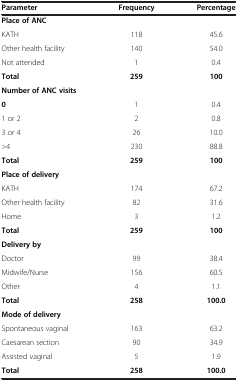
<table><thead><tr><td><b>Parameter</b></td><td><b>Frequency</b></td><td><b>Percentage</b></td></tr></thead><tbody><tr><td><b>Place of ANC</b></td><td> </td><td> </td></tr><tr><td>KATH</td><td>118</td><td>45.6</td></tr><tr><td>Other health facility</td><td>140</td><td>54.0</td></tr><tr><td>Not attended</td><td>1</td><td>0.4</td></tr><tr><td><b>Total</b></td><td><b>259</b></td><td><b>100</b></td></tr><tr><td><b>Number of ANC visits</b></td><td> </td><td> </td></tr><tr><td><b>0</b></td><td>1</td><td>0.4</td></tr><tr><td>1 or 2</td><td>2</td><td>0.8</td></tr><tr><td>3 or 4</td><td>26</td><td>10.0</td></tr><tr><td>&gt;4</td><td>230</td><td>88.8</td></tr><tr><td><b>Total</b></td><td><b>259</b></td><td><b>100</b></td></tr><tr><td><b>Place of delivery</b></td><td> </td><td> </td></tr><tr><td>KATH</td><td>174</td><td>67.2</td></tr><tr><td>Other health facility</td><td>82</td><td>31.6</td></tr><tr><td>Home</td><td>3</td><td>1.2</td></tr><tr><td><b>Total</b></td><td><b>259</b></td><td><b>100</b></td></tr><tr><td><b>Delivery by</b></td><td> </td><td> </td></tr><tr><td>Doctor</td><td>99</td><td>38.4</td></tr><tr><td>Midwife/Nurse</td><td>156</td><td>60.5</td></tr><tr><td>Other</td><td>4</td><td>1.1</td></tr><tr><td><b>Total</b></td><td><b>258</b></td><td><b>100.0</b></td></tr><tr><td><b>Mode of delivery</b></td><td> </td><td> </td></tr><tr><td>Spontaneous vaginal</td><td>163</td><td>63.2</td></tr><tr><td>Caesarean section</td><td>90</td><td>34.9</td></tr><tr><td>Assisted vaginal</td><td>5</td><td>1.9</td></tr><tr><td><b>Total</b></td><td><b>258</b></td><td><b>100.0</b></td></tr></tbody></table>